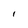
Character: i